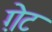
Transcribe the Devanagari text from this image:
ग़ेट